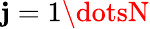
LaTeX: \mathbf{j}=1\dotsN